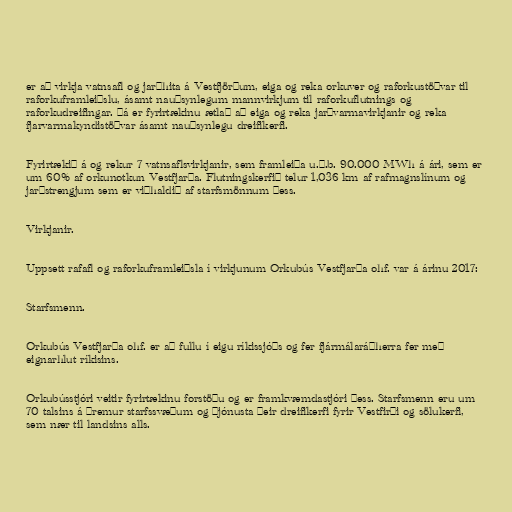
er að virkja vatnsafl og jarðhita á Vestfjörðum, eiga og reka orkuver og raforkustöðvar til
raforkuframleiðslu, ásamt nauðsynlegum mannvirkjum til raforkuflutnings og
raforkudreifingar. Þá er fyrirtækinu ætlað að eiga og reka jarðvarmavirkjanir og reka
fjarvarmakyndistöðvar ásamt nauðsynlegu dreifikerfi.

Fyrirtækið á og rekur 7 vatnsaflsvirkjanir, sem framleiða u.þ.b. 90.000 MWh á ári, sem er
um 60% af orkunotkun Vestfjarða. Flutningskerfið telur 1,036 km af rafmagnslínum og
jarðstrengjum sem er viðhaldið af starfsmönnum þess.

Virkjanir.

Uppsett rafafl og raforkuframleiðsla í virkjunum Orkubús Vestfjarða ohf. var á árinu 2017:

Starfsmenn.

Orkubús Vestfjarða ohf. er að fullu í eigu ríkissjóðs og fer fjármálaráðherra fer með
eignarhlut ríkisins.

Orkubússtjóri veitir fyrirtækinu forstöðu og er framkvæmdastjóri þess. Starfsmenn eru um
70 talsins á þremur starfssvæðum og þjónusta þeir dreifikerfi fyrir Vestfirði og sölukerfi,
sem nær til landsins alls.